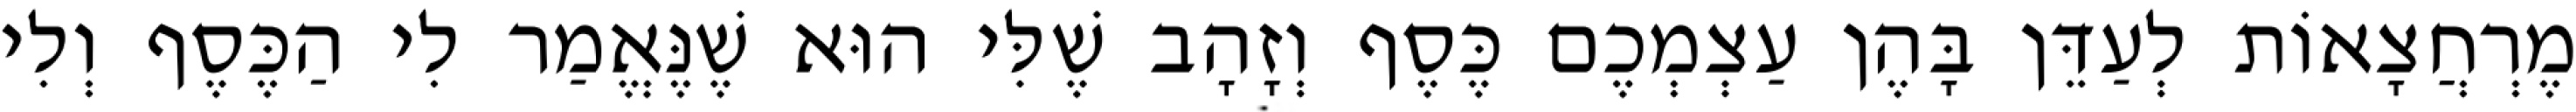
מֶרְחֲצָאוֹת לְעַדֵּן בָּהֶן עַצְמְכֶם כֶּסֶף וְזָהָב שֶׁלִּי הוּא שֶׁנֶּאֱמַר לִי הַכֶּסֶף וְלִי